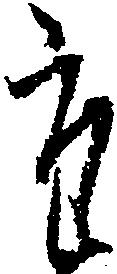
た